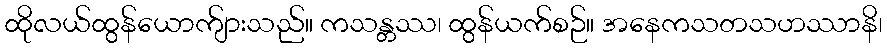
ထိုလယ်ထွန်ယောက်ျားသည်။ ကသန္တဿ၊ ထွန်ယက်စဉ်။ အနေကသတသဟဿာနိ၊